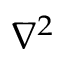
\nabla ^ { 2 }